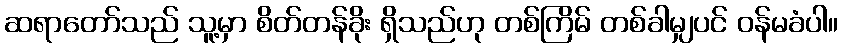
ဆရာတော်သည် သူ့မှာ စိတ်တန်ခိုး ရှိသည်ဟု တစ်ကြိမ် တစ်ခါမျှပင် ဝန်မခံပါ။